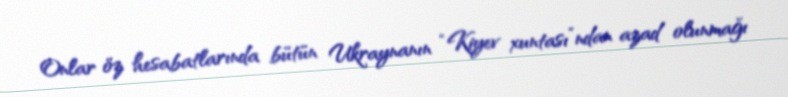
Onlar öz hesabatlarında bütün Ukraynanın “Kiyev xuntası”ndan azad olunmağı